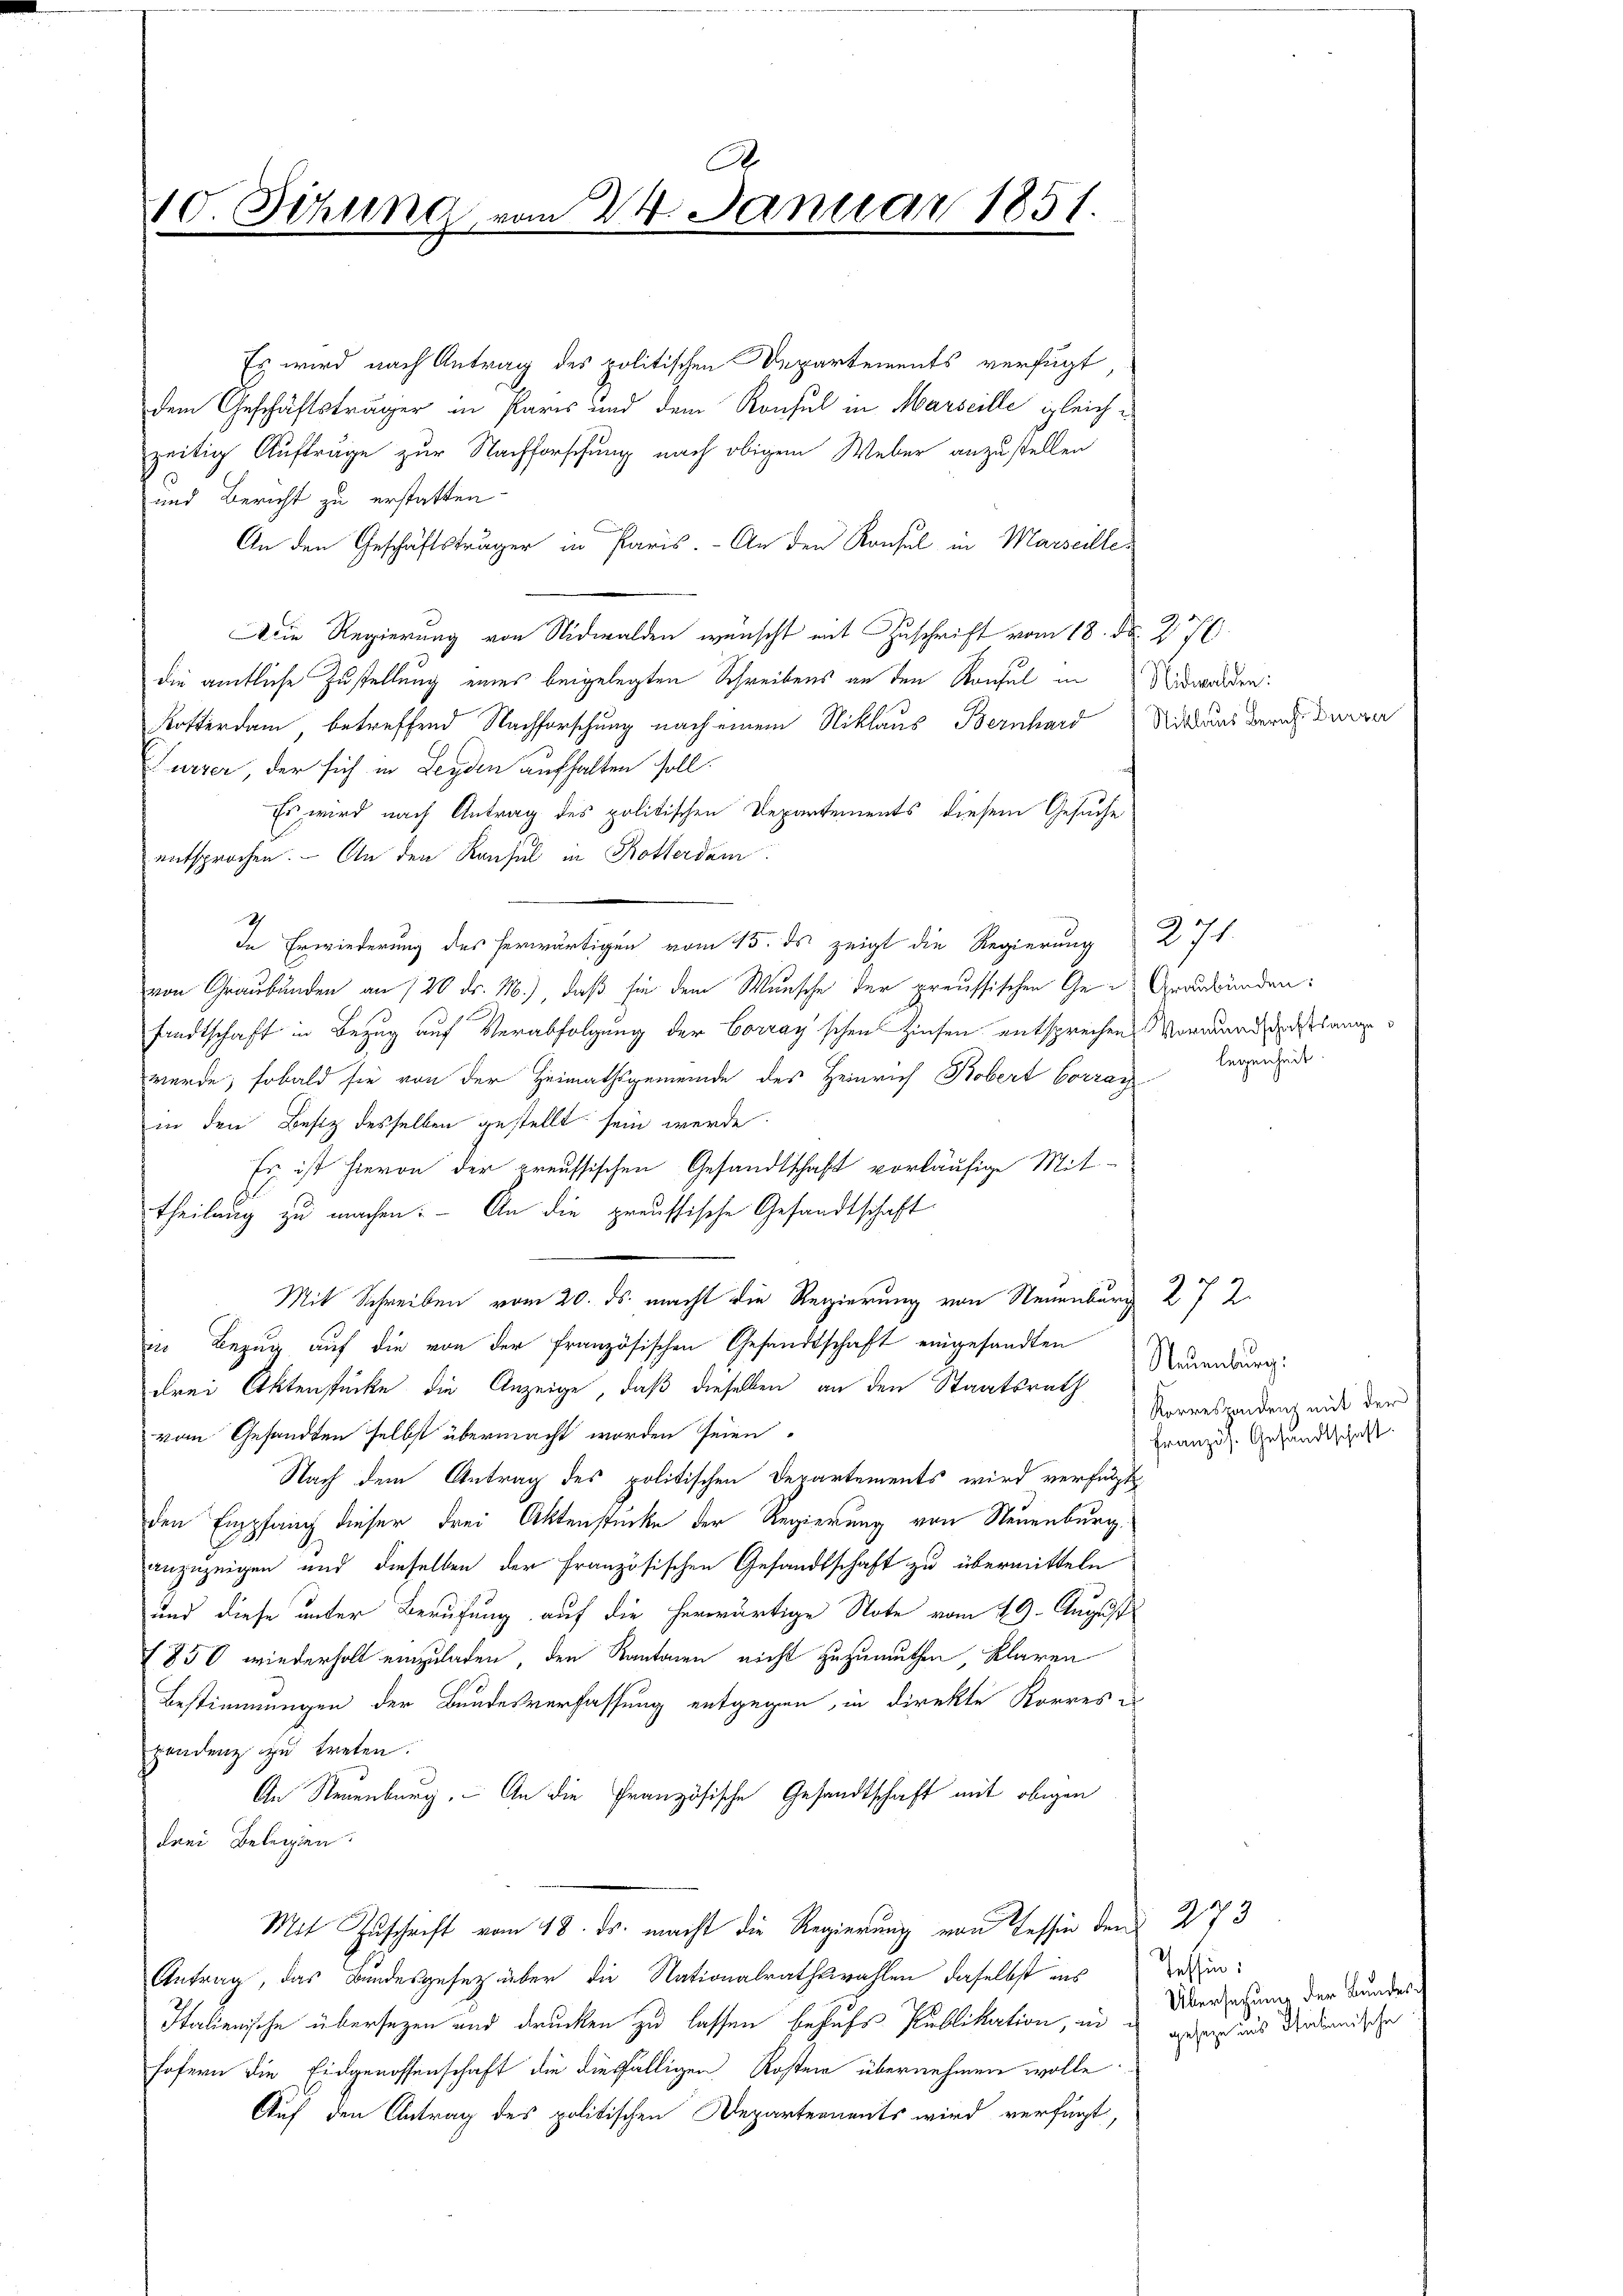
A.
10. Sitzung vom 224. Januar 1851.

Es wird nach Antrag des politischen Departements verfügt
dem Geschäftsträger in Paris und dem Konsul in Marseille gleichzeitig Aufträge zur Nachforschung nach obigem Weber anzustellen
und Bericht zu erstatten.
An den Geschäftsträger in Paris. - An den Konsul in Marseille
Adie Regierung von Nidwalden wünscht mit Zuschrift vom 18. d. 276.
die amtliche Zustellung eines beigelegten Schreibens an den Konsul in Nidwalden:
Kosterdam, betreffend Nachforschung nach einem Niklaus Bernhard Mittags Zürich die
urzer, der sich in Leyden aufhalten soll.
Es wird nach Antrag des politischen Departements diesem Gesuche
entsprochen. – An den Konsul in Rotterdam
In Erwiederung des herwärtigen vom 15. ds zeigt die Regierung 27 f.
von Graubünden an 120 dr. M.) daß sie dem Wunsche der preussischen Ge- Graubünden:
sandtschaft in Bezug auf Verabfolgung der Corray'schen Zinsen entsprechen Vormundsange
wurde, sobald sie von der Heimathsgemeinde des Heinrich Bobert Corrag
in den Besiz desselben gestellt sein werde.
Es ist hievon der preussischen Gesandtschaft vorläufige Mit-
Theilung zu machen. - An die preussische Gesandtschaft
Mit Schreiben vom 20. ds. macht die Regierung von Neuenburg 272.
in Bezug auf die von der französischen Gesandtschaft eingesandten
drei Aktenstücke die Anzeige, daß dieselben an den Staatsrath
vom Gesandten selbst übermacht worden seien.
Nach dem Antrag des politischen Departements wird verfügt
den Empfang dieser drei Aktenstücke der Regierung von Neuenburg.
anzuzeigen und dieselben der französischen Gesandtschaft zu übermitteln
und diese unter Berufung auf die herwärtige Note vom 29. August
850 wiederholt einzuladen, den Kantonen nicht zuzumuthen, klaren
Bestimmungen der Bundesverfassung entgegen, in direkte Korres u
pendenz zu treten.
An Neuenburg. An die Französische Gesandtschaft mit obigen
drei Belegen.
Mit Zŭschrift vom 18. ds. macht die Regierung von Tessin den 273
Antrag, das Bundesgesetz über die Nationalrathswahlen daselbst aus
Italienische übersetzen und drücken zu lassen behufs Publikation, infofern die Eidgenossenschaft die diesfälligen Kosten übernehmen wolle.
Auf den Antrag des politischen Departements wird verfügt,

legenheit.

Neuenburg:
Korrespondenz mit der
französ. Gesandtschaft.

Tessin:
Übersetzung der Bundes-
geseze in’s Italienische